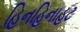
હિનહિનાહટ